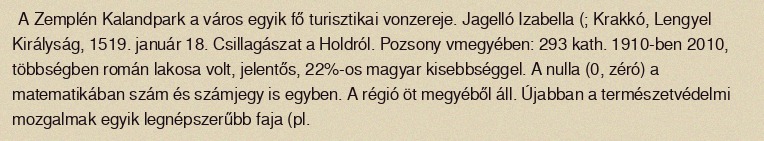
A Zemplén Kalandpark a város egyik fő turisztikai vonzereje. Jagelló Izabella (; Krakkó, Lengyel Királyság, 1519. január 18. Csillagászat a Holdról. Pozsony vmegyében: 293 kath. 1910-ben 2010, többségben román lakosa volt, jelentős, 22%-os magyar kisebbséggel. A nulla (0, zéró) a matematikában szám és számjegy is egyben. A régió öt megyéből áll. Újabban a természetvédelmi mozgalmak egyik legnépszerűbb faja (pl.